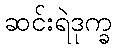
ဆင်းရဲဒုက္ခ